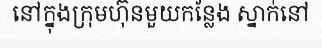
នៅក្នុងក្រុមហ៊ុនមួយកន្លែង ស្នាក់នៅ